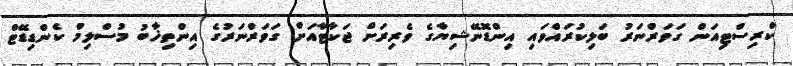
ކްރިސްޓިއަން ގަވަރްނަރު ބަލިކުރައްވައި އިންޑޮނޭޝިޔާގެ ވެރިރަށް ޖަކާޓާއަށް ގަވަރްނަރުގެ އިންތިޚާބު މުސްލިމް ކެންޑިޑޭޓް